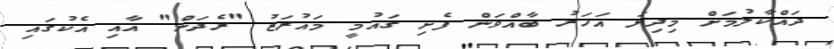
ދައްކާލުމަށް މިދިޔަ އަހަރު ބާއްވަން ފެށި ގައުމީ މައުރަޒު "ރެދަން" އާއި އެކުގައި